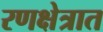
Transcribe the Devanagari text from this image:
रणक्षेत्रात